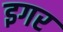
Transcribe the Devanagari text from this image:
इगर